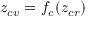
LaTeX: z _ { c v } = f _ { c } ( z _ { c r } )